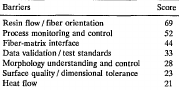
| Barriers | Score |
 | --- | --- |
 | Resin flow / fiber orientation | 69 |
 | Process monitoring and control | 52 |
 | Fiber-matrix interface | 44 |
 | Data validation / test standards | 33 |
 | Morphology understanding and control | 28 |
 | Surface quality/dimensional tolerance | 23 |
 | Heat flow | 21 |